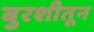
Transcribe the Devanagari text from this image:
बुरशीतून